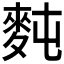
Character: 𪌋